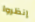
إنظروا